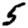
Digit: 5